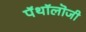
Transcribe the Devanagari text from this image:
पॅथॉलॊजी